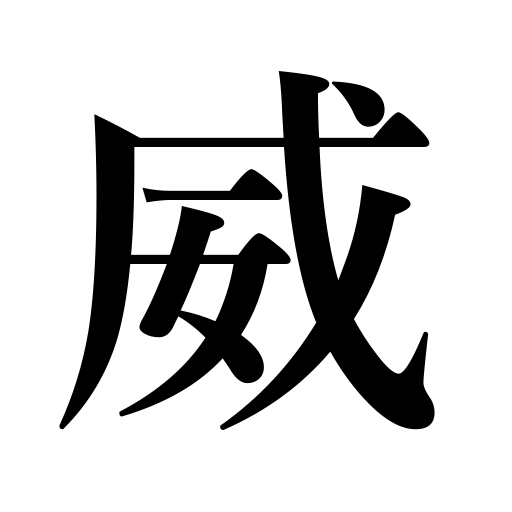
Meanings: dignity,authority,majesty